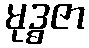
မုဒ္ဓဇာ